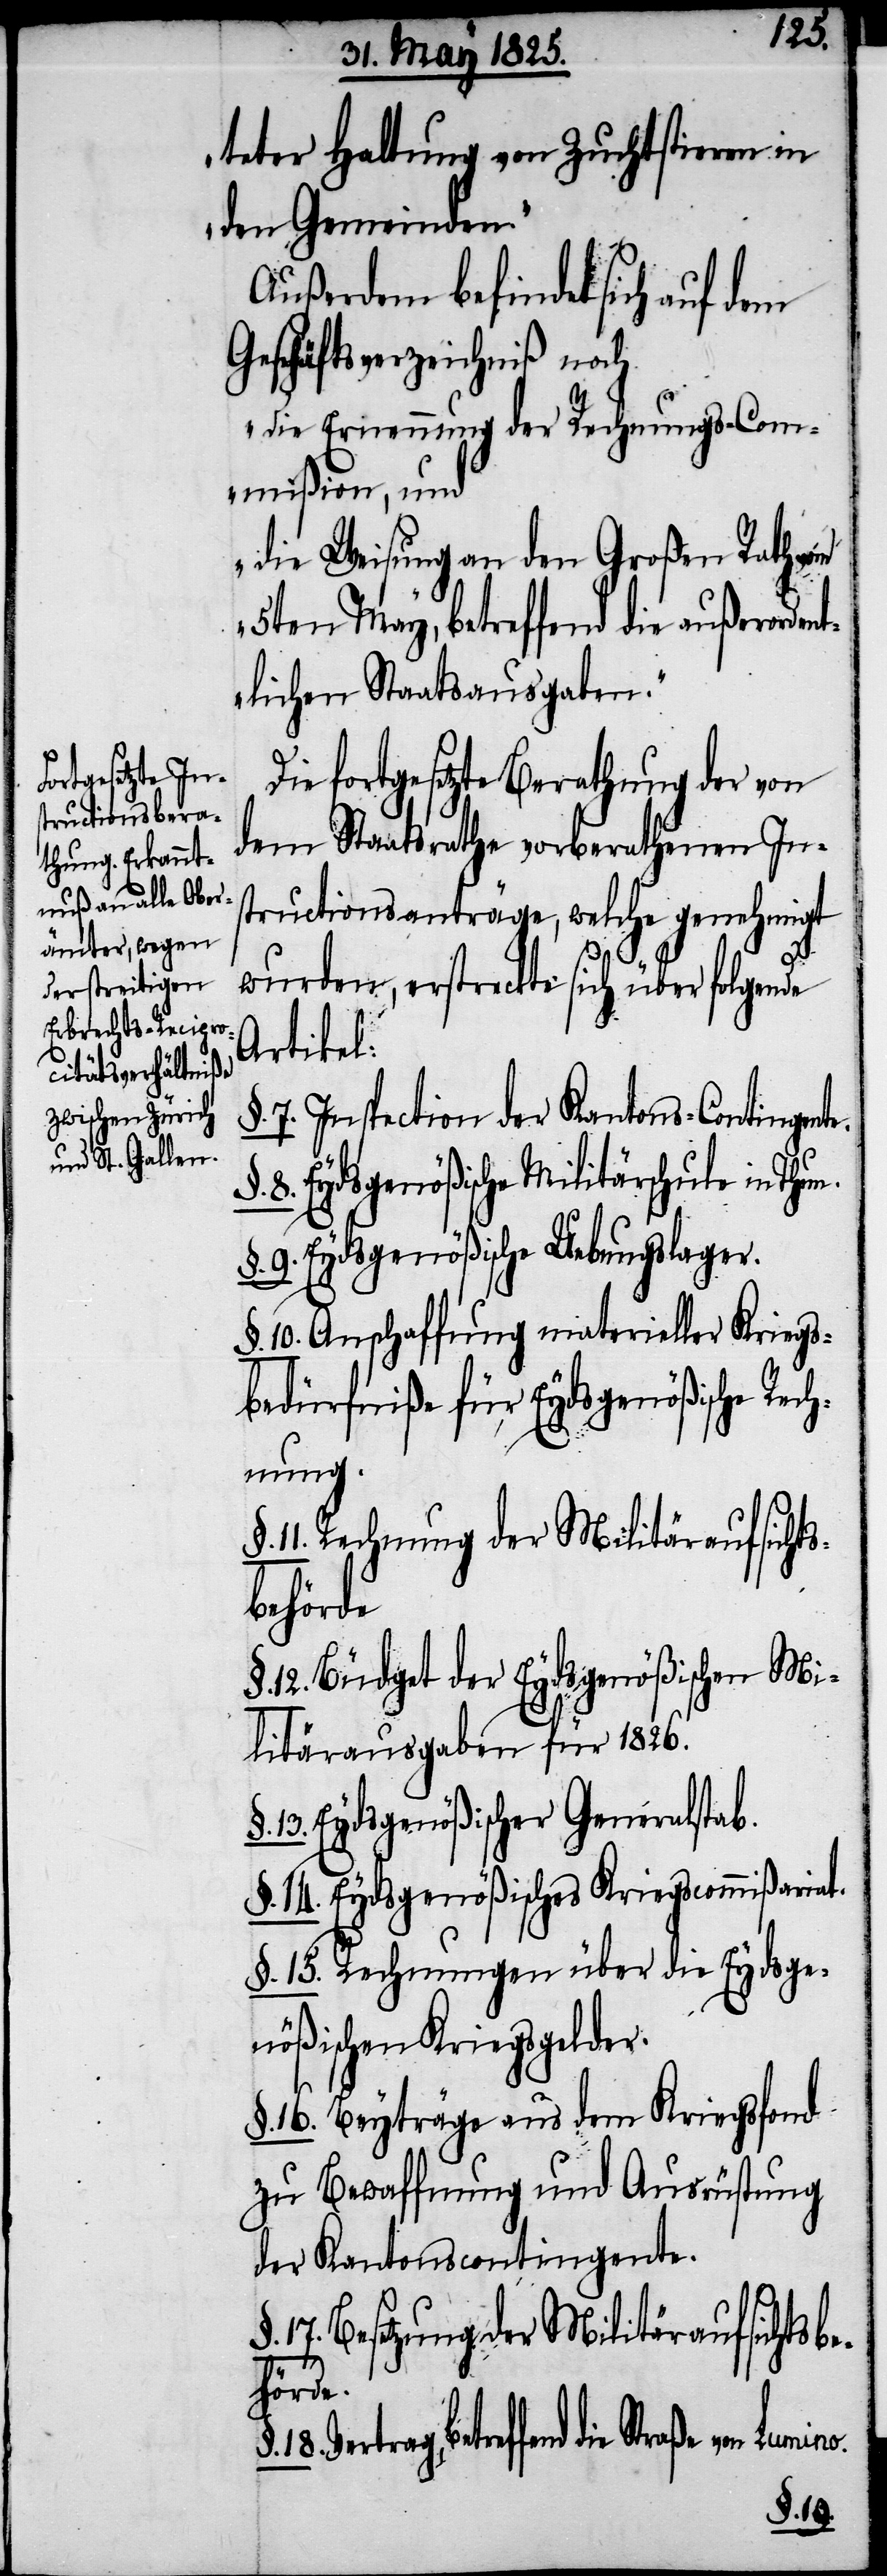
teter Haltung von Zuchtstieren in
den Gemeinden.“
Außerdem befindet sich auf dem
Geschäftsverzeichniß noch
„die Ernennung der Rechnungs-Com¬
mißion, und
die Weisung an den Großen Rath vom
5ten May, betreffend die außerorde¬
ntlichen Staatsausgaben.“
Die fortgesetzte Berathung der von
dem Staatsrathe vorberathenen In¬
structionsanträge, welche genehmigt
wurden, erstreckte sich über folgende
Artikel:
7. Inspection der Kantons-Contingent¬
8. Eydsgenößische Militärschule in
9. Eydsgenößische Uebungslager.
§. 10. Anschaffung materieller Kriegs¬
bedürfniße für Eydsgenößische Rech¬
nung.
11. Rechnung der Militäraufsichts¬
behörde.
12. Büdget der Eydsgenößischen Mi¬
litärausgaben für 1826.
13. Eydsgenößischer Generalstab.
§. 14. Eydsgenößisches Kriegscommißariat.
§. 15. Rechnungen über die Eydsge¬
nößischen Kriegsgelder.
16. Beyträge aus dem Kriegsfond
zu Bewaffnung und Ausrüstung
der Kantonscontingente.
17. Besetzung der Militäraufsichtsbe¬
hörde.
Vertrag, betreffend die Straße von
§. 18.